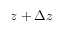
z + \Delta z